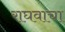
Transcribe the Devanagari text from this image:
राघवाचा